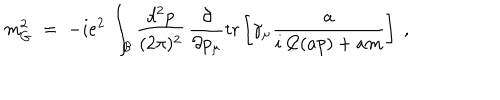
m _ { G } ^ { 2 } \; = \; - i e ^ { 2 } \, \int _ { \mathcal B } \frac { d ^ { 2 } p } { ( 2 \pi ) ^ { 2 } } \, \frac { \partial } { \partial p _ { \mu } } \mathrm { t r } \left[ \gamma _ { \mu } \frac { a } { i \not \! \! C ( a p ) + a m } \right] \; ,